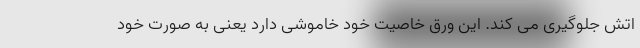
اتش جلوگیری می کند. این ورق خاصیت خود خاموشی دارد یعنی به صورت خود